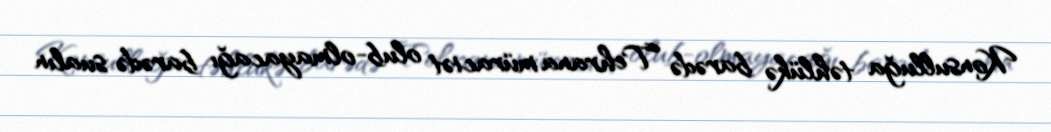
Konsulluğa təhlükə barədə Tehrana müraciət olub-olmayacağı barədə sualın